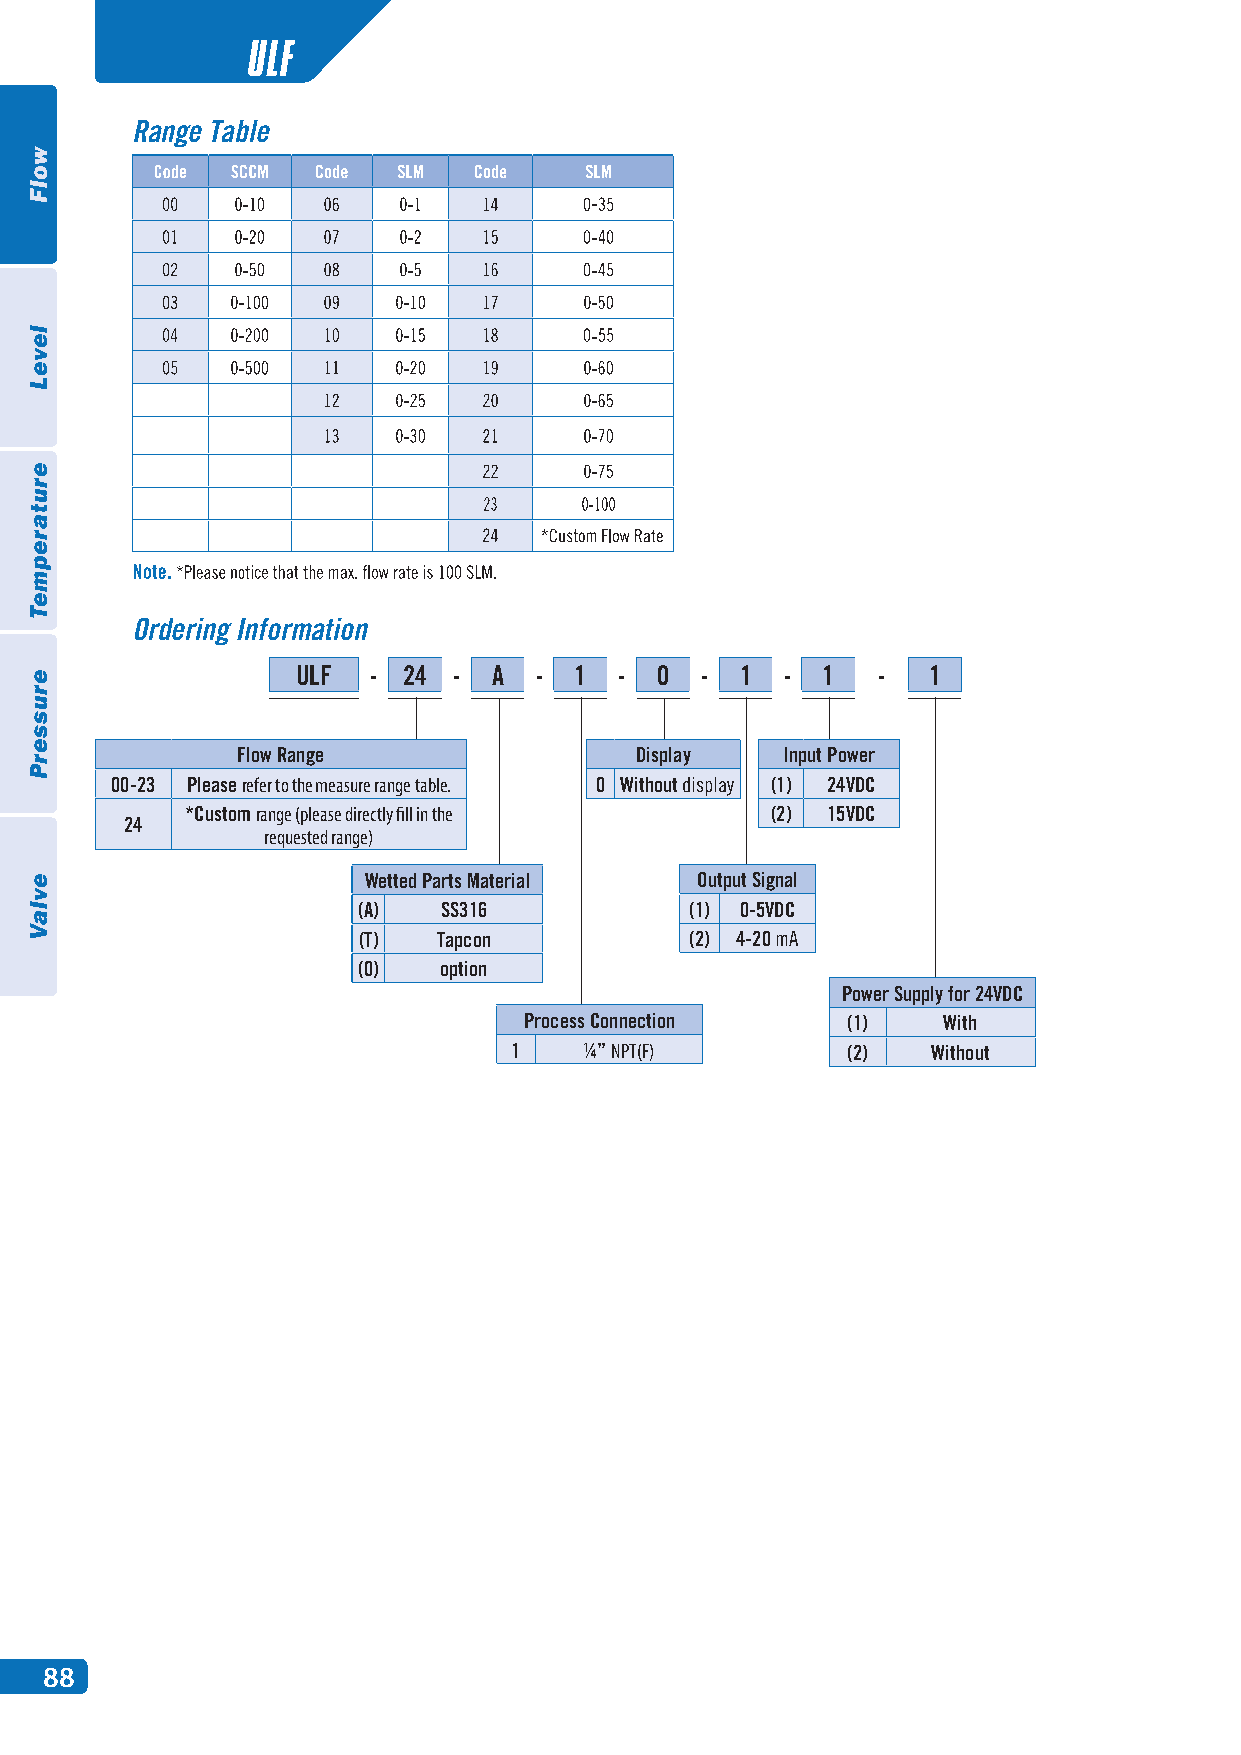
ULF
 Range Table
 Ordering Information
 ULF  Code ULFFlow R-ange24 - A - 1 - 0 - 1 - 1 -  1
 00~23 Please refer to the measure range table.
 24  *Custom range (please directly fill in the requested range)
 Flow Range                Display   Input Power
 Code Wetted Parts Material
 00-23 Please refer to the measure range table. 0 Without display (1) 24VDC
 (A) SS316 (T) Tapcon (O) option
 *Custom range (please directly fill in the (2) 15VDC
 24                   Code Process Connection
 requested range)
 1   ¼”NPT(F)
 Wetted Parts Material Output Signal
 Code Display
 (A)  SS316            (1) 0-5VDC
 O   Without display
 (T)  Tapcon           (2) 4-20 mA
 Code Output Signal
 (0)  option
 (1) 0-5 VDC (2) 4-20 PmoAwer Supply for 24VDC
 Process Connection Code Input Pow(1e)r With
 1    ¼” NPT(F)    (1) 24 VDC(2 )(2) 15VDCWithout
 Code Power Supply for 24VDC
 (1) With (2) Without
 ULF
 88
 wolF
 leveL
 erutarepmeT
 erusserP
 evlaV